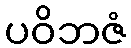
ပဝိဘဇံ